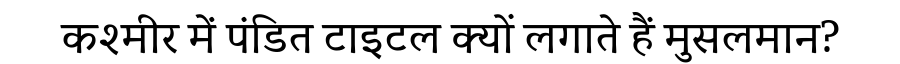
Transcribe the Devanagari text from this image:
कश्मीर में पंडित टाइटल क्यों लगाते हैं मुसलमान?